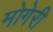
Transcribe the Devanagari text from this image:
मोगेरी